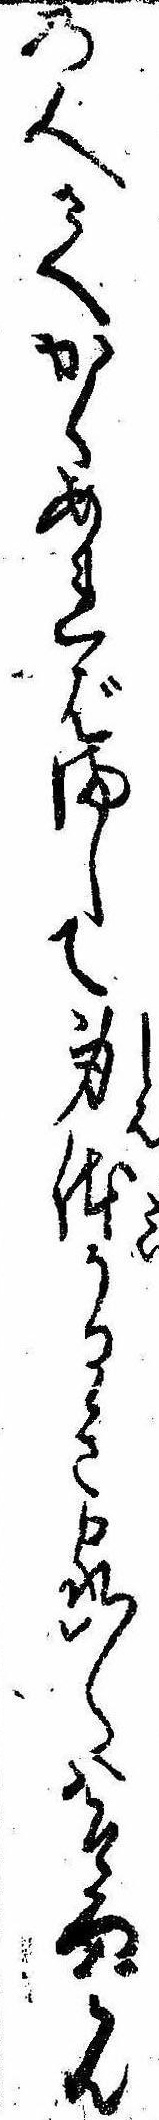
の人さへかくあればまして身体かるき家〱はそろはん